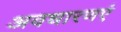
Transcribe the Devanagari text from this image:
अवधारणएं